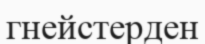
гнейстерден